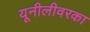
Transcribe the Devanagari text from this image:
यूनीलीवरका